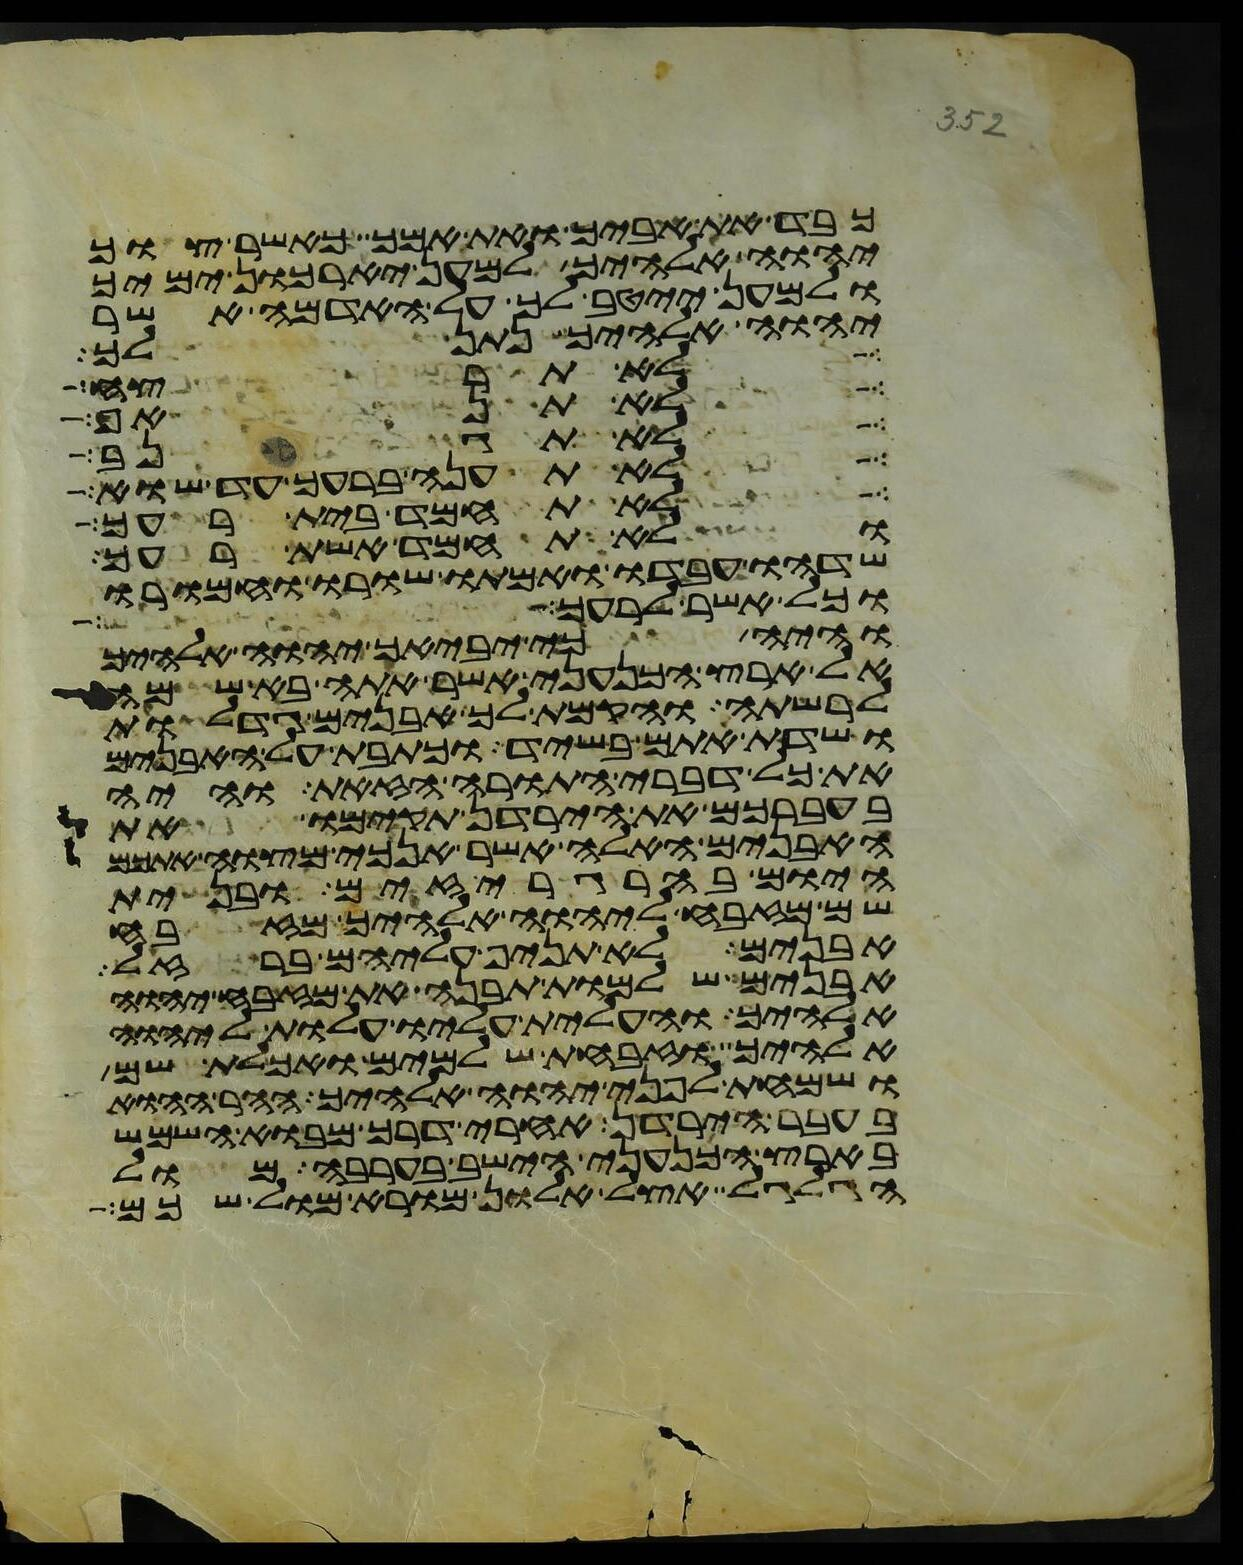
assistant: כבד את אביך ואת אמך כאשר צוך
יהוה אלהיך למען יארכון ימיך
ולמען ייטב לך על האדמה אשר
יהוה אלהיך נתן לך
לא תרצח
לא תנאף
לא תגנב
לא תענה ברעך עד שוא
לא תחמד בית רעך
ולא תחמד אשת רעך
שדהו עבדו ואמתו שורו וחמורו
וכל אשר לרעך
והיה כי יביאך יהוה אלהיך
אל ארץ הכנעני אשר אתה בא שמה
לרשתה והקמת לך אבנים גדלות
ושדת אתם בשיד וכתבת על האבנים
את כל דברי התורה הזאת והיה
בעברכם את הירדן תקימו את
האבנים האלה אשר אנכי מצוה אתכם
היום בהרגריזים ובנית
שם מזבח ליהוה אלהיך מזבח
אבנים לא תניף עליהם ברזל
אבנים שלמות תבנה את מזבח יהוה
אלהיך והעלית עליו עלות ליהוה
אלהיך וזבחת שלמים ואכלת שם
ושמחת לפני יהוה אלהיך ההר ההוא
בעבר הירדן אחרי דרך מבוא השמש
בארץ הכנעני הישב בערבה מול
הגלגל אצל אלון מורא מול שכם